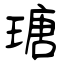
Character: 瑭